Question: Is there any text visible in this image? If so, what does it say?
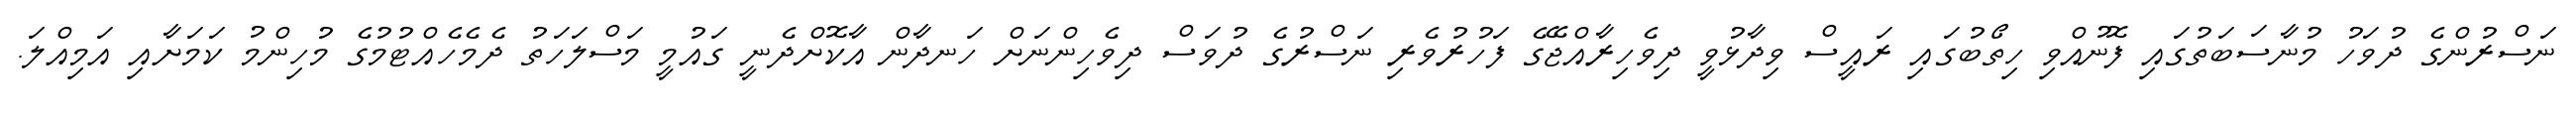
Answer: ނަސްރުންގެ ދުވަހު މުނާސަބަތުގައި ފޮނުއްވި ހިތޯބުގައި ރައީސް ވިދާޅުވީ ދިވެހިރާއްޖޭގެ ފަހުރުވެރި ނަސްރުގެ ދުވަސް ދިވެހިންނަށް ހަނދާން އާކޮށްދެނީ ގައުމީ މަސްލަހަތު ދެމެހެއްޓުމުގެ މުހިންމު ކަމަށާއި އަމިއްލަ.